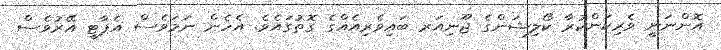
އޮންނަނީ ވެރިކަންކުރާ ކޯލިޝަންގެ ޖޫނިއަރ ބައިވެރިއެއްގެ ގޮތުގައެވެ. އެހެން ނަމަވެސް އެޕާޓީ އޭރުވެސް